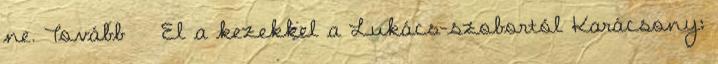
ne. Tovább › ›El a kezekkel a Lukács-szobortól Karácsony: